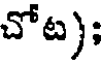
చోట);